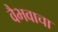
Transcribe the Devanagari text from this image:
वैभवाचा